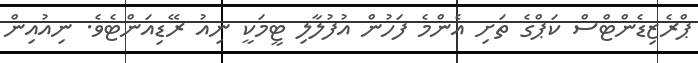
ޕްރެޒިޑެންޓްސް ކަޕްގެ ތަށި އެންމެ ފަހުން އުފުލާލި ޓީމަކީ ނިއު ރޭޑިއަންޓެވެ. ނިއުއިން